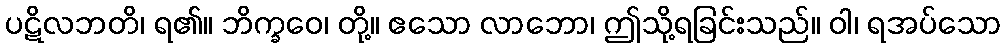
ပဋိလဘတိ၊ ရ၏။ ဘိက္ခဝေ၊ တို့။ ဧသော လာဘော၊ ဤသို့ရခြင်းသည်။ ဝါ၊ ရအပ်သော